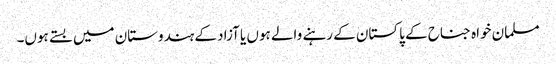
مسلمان خواہ جناح کے پاکستان کے رہنے والے ہوں یا آزاد کے ہندوستان میں بستے ہوں۔